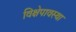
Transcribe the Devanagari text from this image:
विक्षेपावस्था